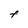
Character: t